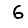
Digit: 6